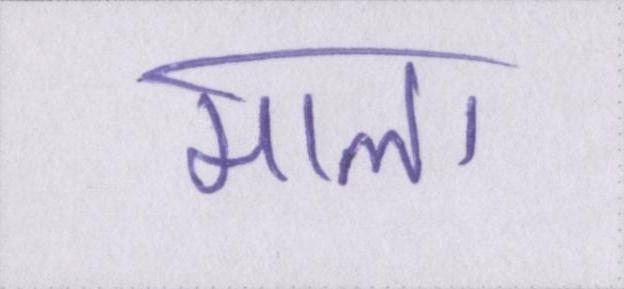
माला